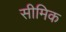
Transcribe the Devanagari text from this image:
सीमिक